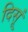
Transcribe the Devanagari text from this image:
दिसूं